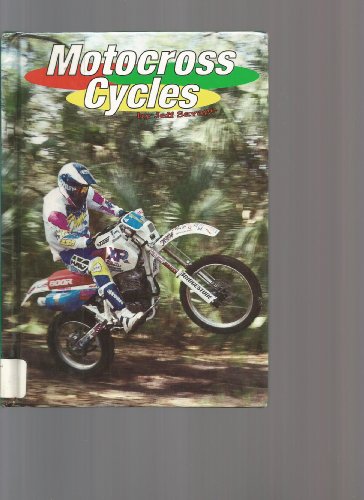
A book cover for Motocross Cycles (Rollin'); Jeff Savage; Children's Books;